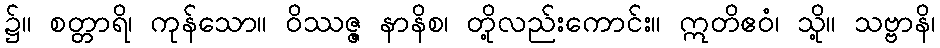
၌။ စတ္တာရိ၊ ကုန်သော။ ဝိဿဇ္ဇ နာနိစ၊ တို့လည်းကောင်း။ ဣတိဧဝံ၊ သို့။ သဗ္ဗာနိ၊